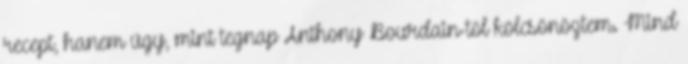
recept, hanem úgy, mint tegnap Anthony Bourdain-tól kölcsönöztem. Mind